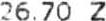
26.70 Z